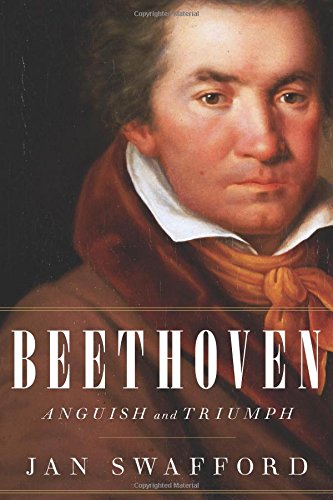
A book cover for Beethoven: Anguish and Triumph; Jan Swafford; Arts & Photography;